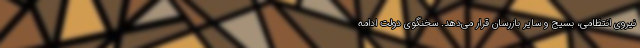
نیروی انتظامی، بسیج و سایر بازرسان قرار می‌دهد. سخنگوی دولت ادامه